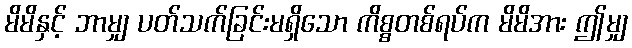
မိမိနှင့် ဘာမျှ ပတ်သက်ခြင်းမရှိသော ကိစ္စတစ်ရပ်က မိမိအား ဤမျှ